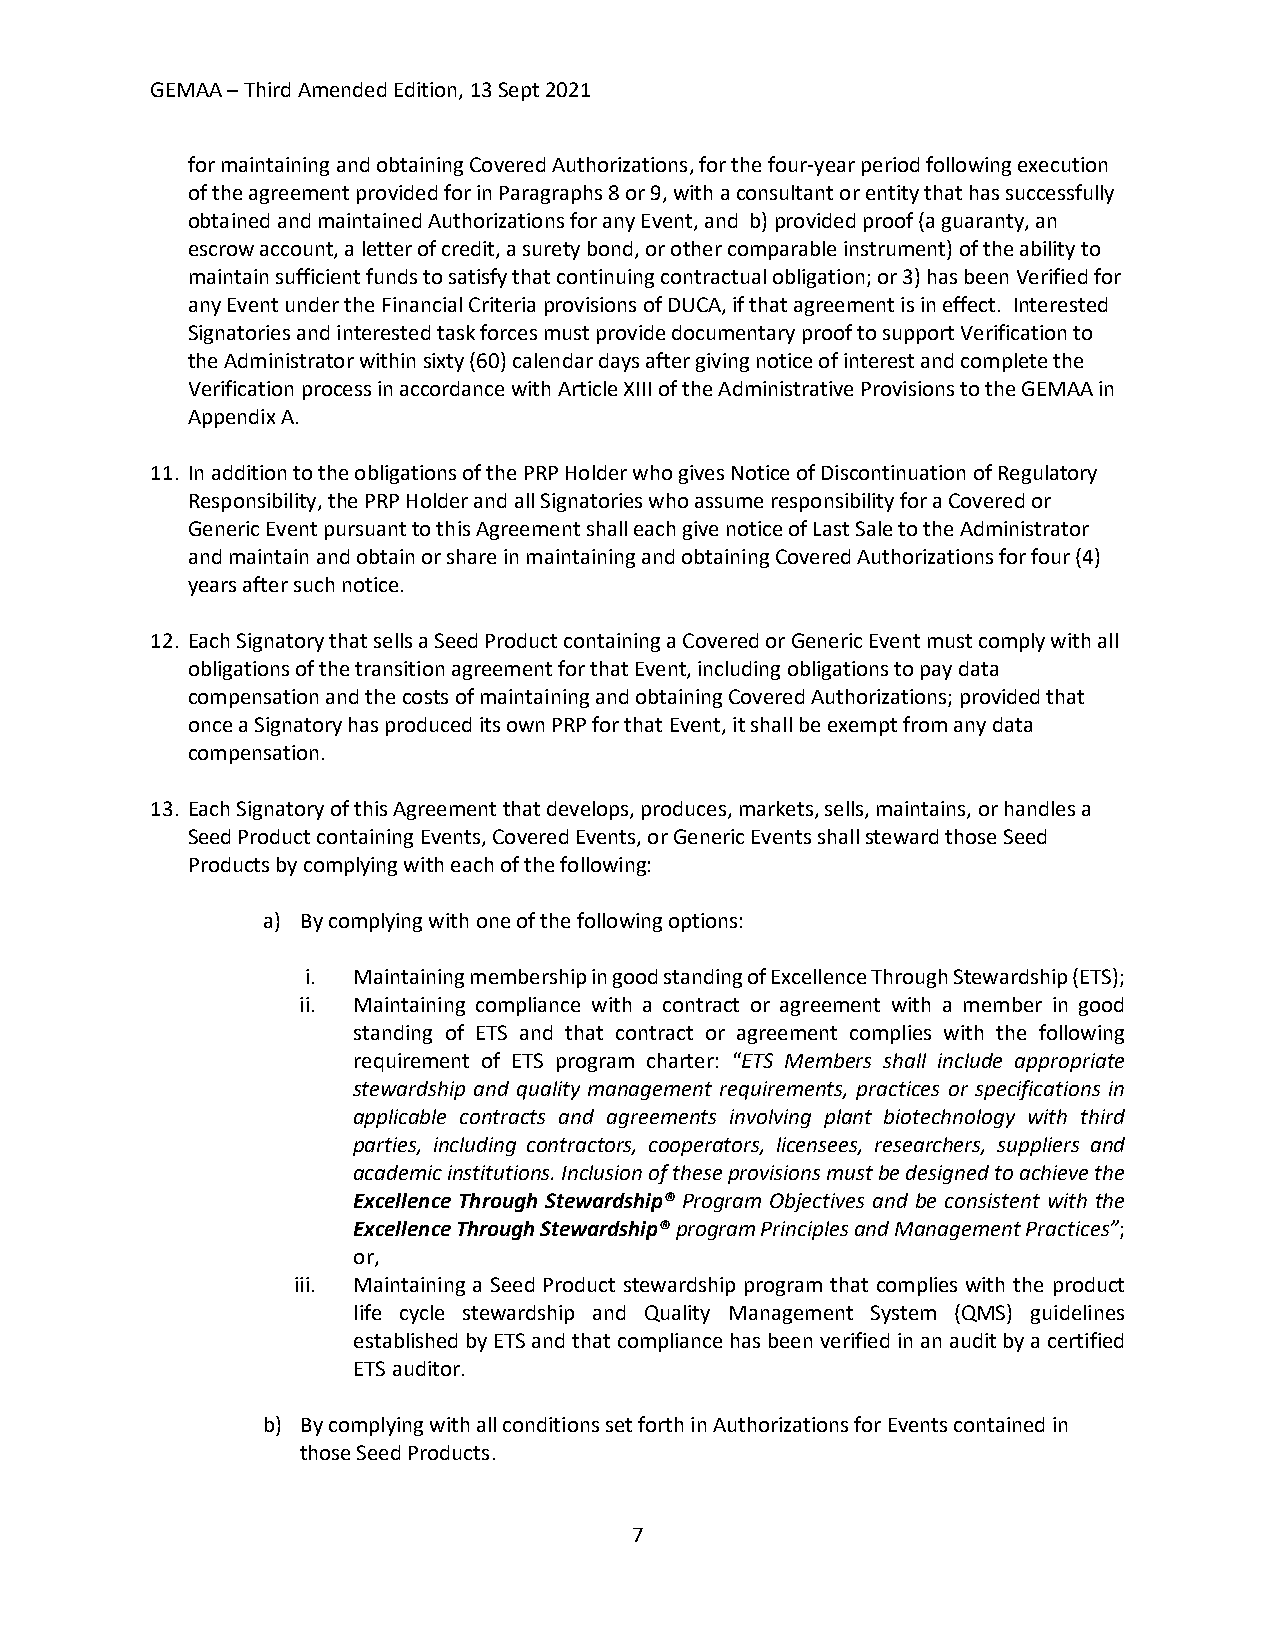
GEMAA – Third Amended Edition, 13 Sept 2021
 for maintaining and obtaining Covered Authorizations, for the four-year period following execution
 of the agreement provided for in Paragraphs 8 or 9, with a consultant or entity that has successfully
 obtained and maintained Authorizations for any Event, and b) provided proof (a guaranty, an
 escrow account, a letter of credit, a surety bond, or other comparable instrument) of the ability to
 maintain sufficient funds to satisfy that continuing contractual obligation; or 3) has been Verified for
 any Event under the Financial Criteria provisions of DUCA, if that agreement is in effect. Interested
 Signatories and interested task forces must provide documentary proof to support Verification to
 the Administrator within sixty (60) calendar days after giving notice of interest and complete the
 Verification process in accordance with Article XIII of the Administrative Provisions to the GEMAA in
 Appendix A.
 11. In addition to the obligations of the PRP Holder who gives Notice of Discontinuation of Regulatory
 Responsibility, the PRP Holder and all Signatories who assume responsibility for a Covered or
 Generic Event pursuant to this Agreement shall each give notice of Last Sale to the Administrator
 and maintain and obtain or share in maintaining and obtaining Covered Authorizations for four (4)
 years after such notice.
 12. Each Signatory that sells a Seed Product containing a Covered or Generic Event must comply with all
 obligations of the transition agreement for that Event, including obligations to pay data
 compensation and the costs of maintaining and obtaining Covered Authorizations; provided that
 once a Signatory has produced its own PRP for that Event, it shall be exempt from any data
 compensation.
 13. Each Signatory of this Agreement that develops, produces, markets, sells, maintains, or handles a
 Seed Product containing Events, Covered Events, or Generic Events shall steward those Seed
 Products by complying with each of the following:
 a) By complying with one of the following options:
 i. Maintaining membership in good standing of Excellence Through Stewardship (ETS);
 ii. Maintaining compliance with a contract or agreement with a member in good
 standing of ETS and that contract or agreement complies with the following
 requirement of ETS program charter: “ETS Members shall include appropriate
 stewardship and quality management requirements, practices or specifications in
 applicable contracts and agreements involving plant biotechnology with third
 parties, including contractors, cooperators, licensees, researchers, suppliers and
 academic institutions. Inclusion of these provisions must be designed to achieve the
 Excellence Through Stewardship® Program Objectives and be consistent with the
 Excellence Through Stewardship® program Principles and Management Practices”;
 or,
 iii. Maintaining a Seed Product stewardship program that complies with the product
 life cycle stewardship and Quality Management System (QMS) guidelines
 established by ETS and that compliance has been verified in an audit by a certified
 ETS auditor.
 b) By complying with all conditions set forth in Authorizations for Events contained in
 those Seed Products.
 7